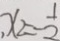
x _ { 2 } = \frac { 1 } { 2 }